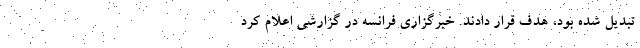
تبدیل شده بود، هدف قرار دادند. خبرگزاری فرانسه در گزارشی اعلام کرد